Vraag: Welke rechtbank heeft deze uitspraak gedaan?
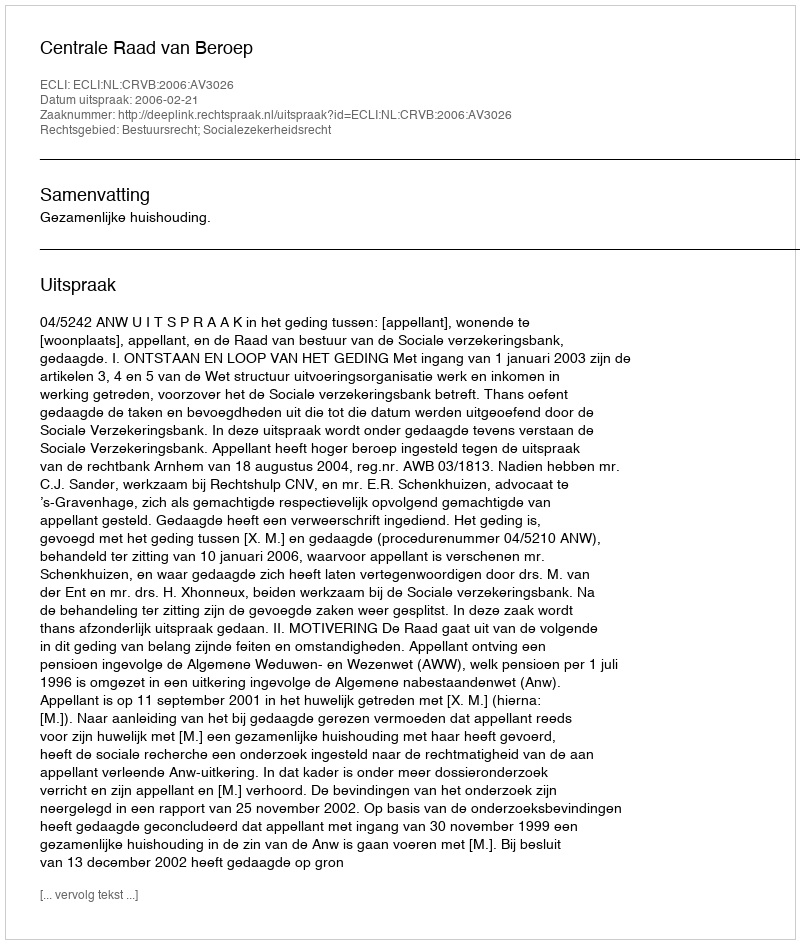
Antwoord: Centrale Raad van Beroep